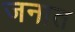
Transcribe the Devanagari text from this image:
जनात